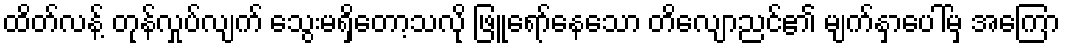
ထိတ်လန့် တုန်လှုပ်လျက် သွေးမရှိတော့သလို ဖြူရော်နေသော တိလျောညင်၏ မျက်နှာပေါ်မှ အကြော